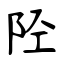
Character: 陉